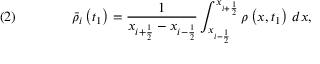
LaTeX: \quad ( 2 ) \qquad \qquad { \bar { \rho } } _ { i } \left( t _ { 1 } \right) = { \frac { 1 } { x _ { i + { \frac { 1 } { 2 } } } - x _ { i - { \frac { 1 } { 2 } } } } } \int _ { x _ { i - { \frac { 1 } { 2 } } } } ^ { x _ { i + { \frac { 1 } { 2 } } } } \rho \left( x , t _ { 1 } \right) \, d x ,